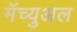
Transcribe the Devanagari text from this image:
मॅच्युअल